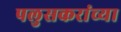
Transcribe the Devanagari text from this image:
पलुसकरांच्या